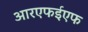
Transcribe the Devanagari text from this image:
आरएफईएफ